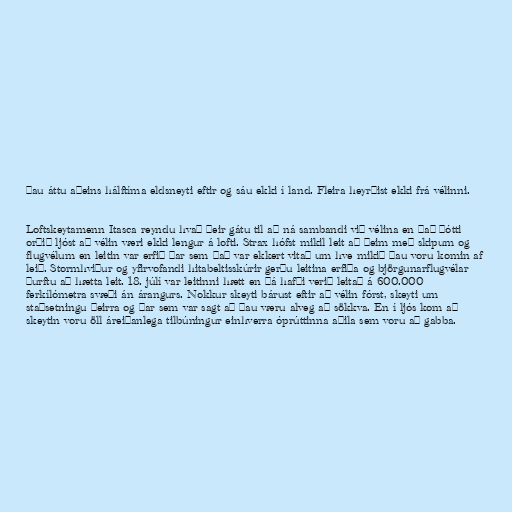
Þau áttu aðeins hálftíma eldsneyti eftir og sáu ekki í land. Fleira heyrðist ekki frá vélinni.

Loftskeytamenn Itasca reyndu hvað þeir gátu til að ná sambandi við vélina en það þótti
orðið ljóst að vélin væri ekki lengur á lofti. Strax hófst mikil leit að þeim með skipum og
flugvélum en leitin var erfið þar sem það var ekkert vitað um hve mikið þau voru komin af
leið. Stormhviður og yfirvofandi hitabeltisskúrir gerðu leitina erfiða og björgunarflugvélar
þurftu að hætta leit. 18. júlí var leitinni hætt en þá hafði verið leitað á 600.000
ferkílómetra svæði án árangurs. Nokkur skeyti bárust eftir að vélin fórst, skeyti um
staðsetningu þeirra og þar sem var sagt að þau væru alveg að sökkva. En í ljós kom að
skeytin voru öll áreiðanlega tilbúningur einhverra óprúttinna aðila sem voru að gabba.